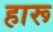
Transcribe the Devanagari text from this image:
हारू